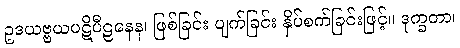
ဥဒယဗ္ဗယပဋိပီဠနေန၊ ဖြစ်ခြင်း ပျက်ခြင်း နှိပ်စက်ခြင်းဖြင့်။ ဒုက္ခတာ၊